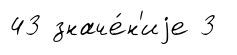
43 значе́н'иjе 3